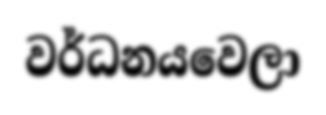
වර්ධනයවෙලා